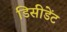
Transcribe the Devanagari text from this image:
डिसीडेंट